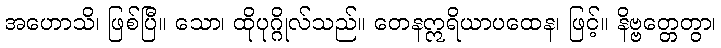
အဟောသိ၊ ဖြစ်ပြီ။ သော၊ ထိုပုဂ္ဂိုလ်သည်။ တေနဣရိယာပထေန၊ ဖြင့်။ နိဗ္ဗတ္တေတွာ၊